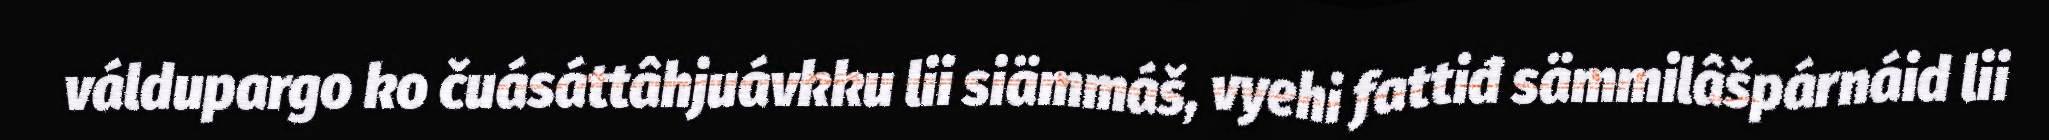
váldupargo ko čuásáttâhjuávkku lii siämmáš, vyehi fattiđ sämmilâšpárnáid lii